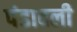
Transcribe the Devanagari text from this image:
पंडावली